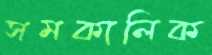
সমকালিক